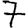
Digit: 7